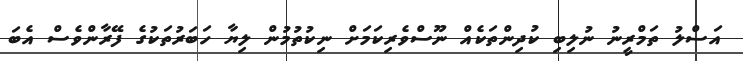
އަސްލު ތަމްރީނު ނުލިބި ކުދިންތަކެއް ނޫސްވެރިކަމަށް ނިކުތުމުން ލިޔާ ހަބަރުތަކުގެ ފޭރާންވެސް އެބަ